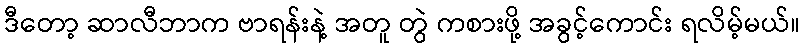
ဒီတော့ ဆာလီဘာက ဗာရန်းနဲ့ အတူ တွဲ ကစားဖို့ အခွင့်ကောင်း ရလိမ့်မယ်။